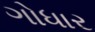
ગોધાર